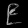
Digit: ၉